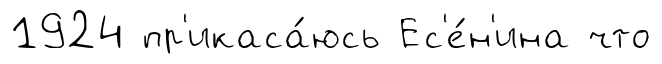
1924 пр'икаса́юсь Ес'е́н'ина что